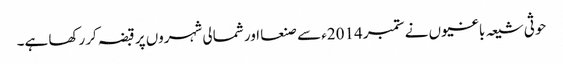
حوثی شیعہ باغیوں نے ستمبر 2014ء سے صنعا اور شمالی شہروں پر قبضہ کررکھا ہے۔